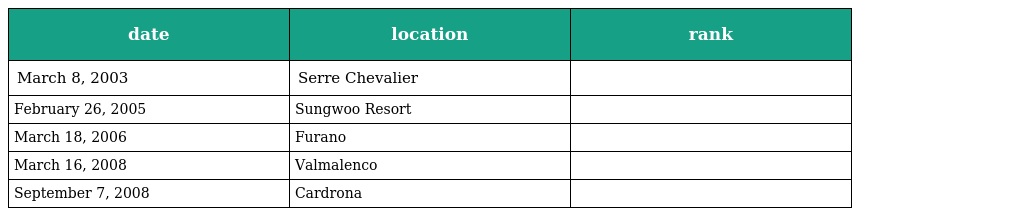
| date | location | rank |
 | --- | --- | --- |
 | March 8, 2003 | Serre Chevalier |  |
 | February 26, 2005 | Sungwoo Resort |  |
 | March 18, 2006 | Furano |  |
 | March 16, 2008 | Valmalenco |  |
 | September 7, 2008 | Cardrona |  |